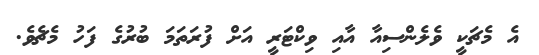
އެ މެޗަކީ ވެލެންސިއާ އާއި ވިކްޓަރީ އަށް ފުރަތަމަ ބުރުގެ ފަހު މެޗެވެ.